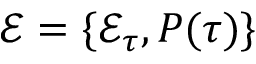
\mathcal { E } = \{ \mathcal { E } _ { \tau } , P ( \tau ) \}